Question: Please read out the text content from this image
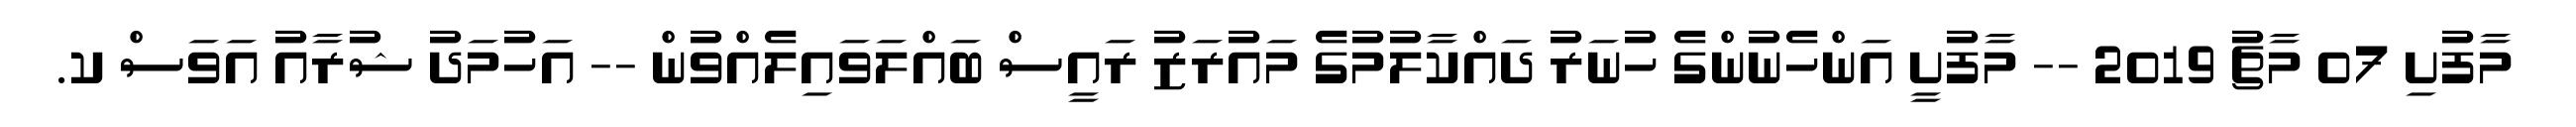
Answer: މާފުށި 07 މާޗު 2019 -- މާފުށީ އަންހެނުންގެ ހުނަރު ދައްކާލުމުގެ މައުރަޒު ރައީސް ބައްލަވައިލެއްވުން -- އަހުމަދު ޝުރާއު އަވަސް ކ.